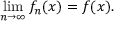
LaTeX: \operatorname* { l i m } _ { n \rightarrow \infty } f _ { n } ( x ) = f ( x ) .